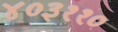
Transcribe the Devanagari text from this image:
४०३११०